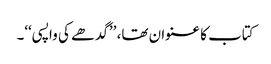
کتاب کا عنوان تھا، ’’گدھے کی واپسی‘‘۔